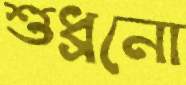
শুধ্‌রনো